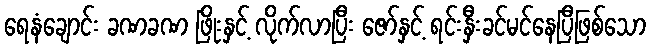
ရေနံချောင်း ခဏခဏ ဖြိုးနှင့် လိုက်လာပြီး ဇော်နှင့် ရင်းနှီးခင်မင်နေပြီဖြစ်သော